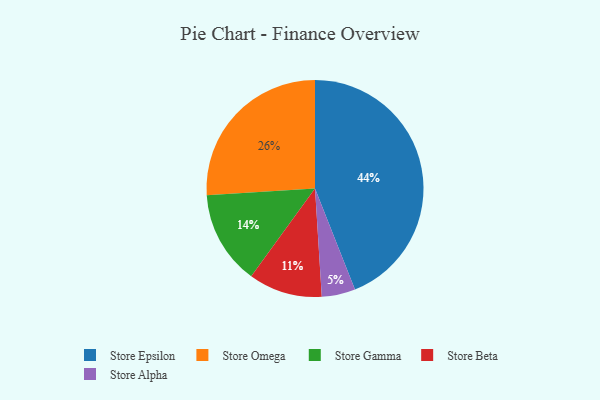
{"axis": {"x": "Category", "y": "Percentage"}, "legend": ["Store Alpha", "Store Beta", "Store Epsilon", "Store Gamma", "Store Omega"], "data": [{"x": "Store Beta", "y": 11, "type": "Store Beta"}, {"x": "Store Epsilon", "y": 44, "type": "Store Epsilon"}, {"x": "Store Alpha", "y": 5, "type": "Store Alpha"}, {"x": "Store Gamma", "y": 14, "type": "Store Gamma"}, {"x": "Store Omega", "y": 26, "type": "Store Omega"}]}